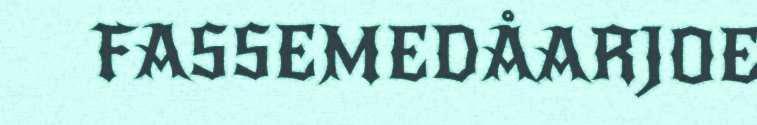
FASSEMEDÅARJOE